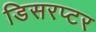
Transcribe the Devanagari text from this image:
डिसरप्टर